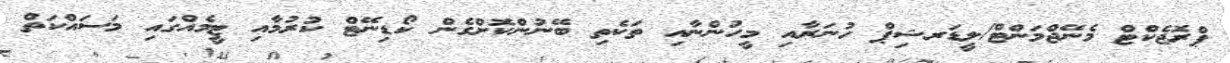
ޕްރޮޖެކްޓް މެނޭޖްމަންޓް/ލީޑަރޝިޕް ހުނަރާއި މީހުންނާއި ތަކެތި ބޭނުންކޮށްގެން ކޯޑިނޭޓް ކުރުމާއި ޓީމެއްގައި މަސައްކަތް